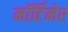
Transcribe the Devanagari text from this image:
माॅर्टिमेर